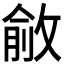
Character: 𢾄